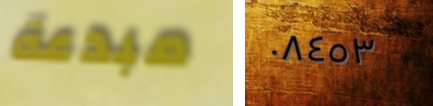
مبدعة ٠٨٤٥٣